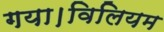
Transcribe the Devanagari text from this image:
गया।विलियम